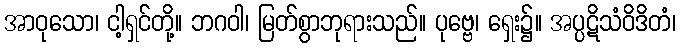
အာဝုသော၊ ငါ့ရှင်တို့။ ဘဂဝါ၊ မြတ်စွာဘုရားသည်။ ပုဗ္ဗေ၊ ရှေး၌။ အပ္ပဋိသံဝိဒိတံ၊